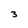
Character: 3